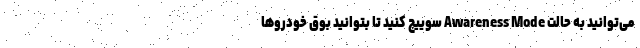
می‌توانید به حالت Awareness Mode سوییچ کنید تا بتوانید بوق خودروها